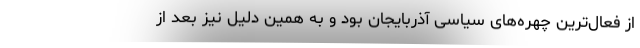
از فعال­ترین چهره‌های سیاسی آذربایجان بود و به همین دلیل نیز بعد از